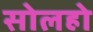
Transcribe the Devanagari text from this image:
सोलहो